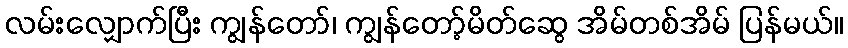
လမ်းလျှောက်ပြီး ကျွန်တော်၊ ကျွန်တော့်မိတ်ဆွေ အိမ်တစ်အိမ် ပြန်မယ်။